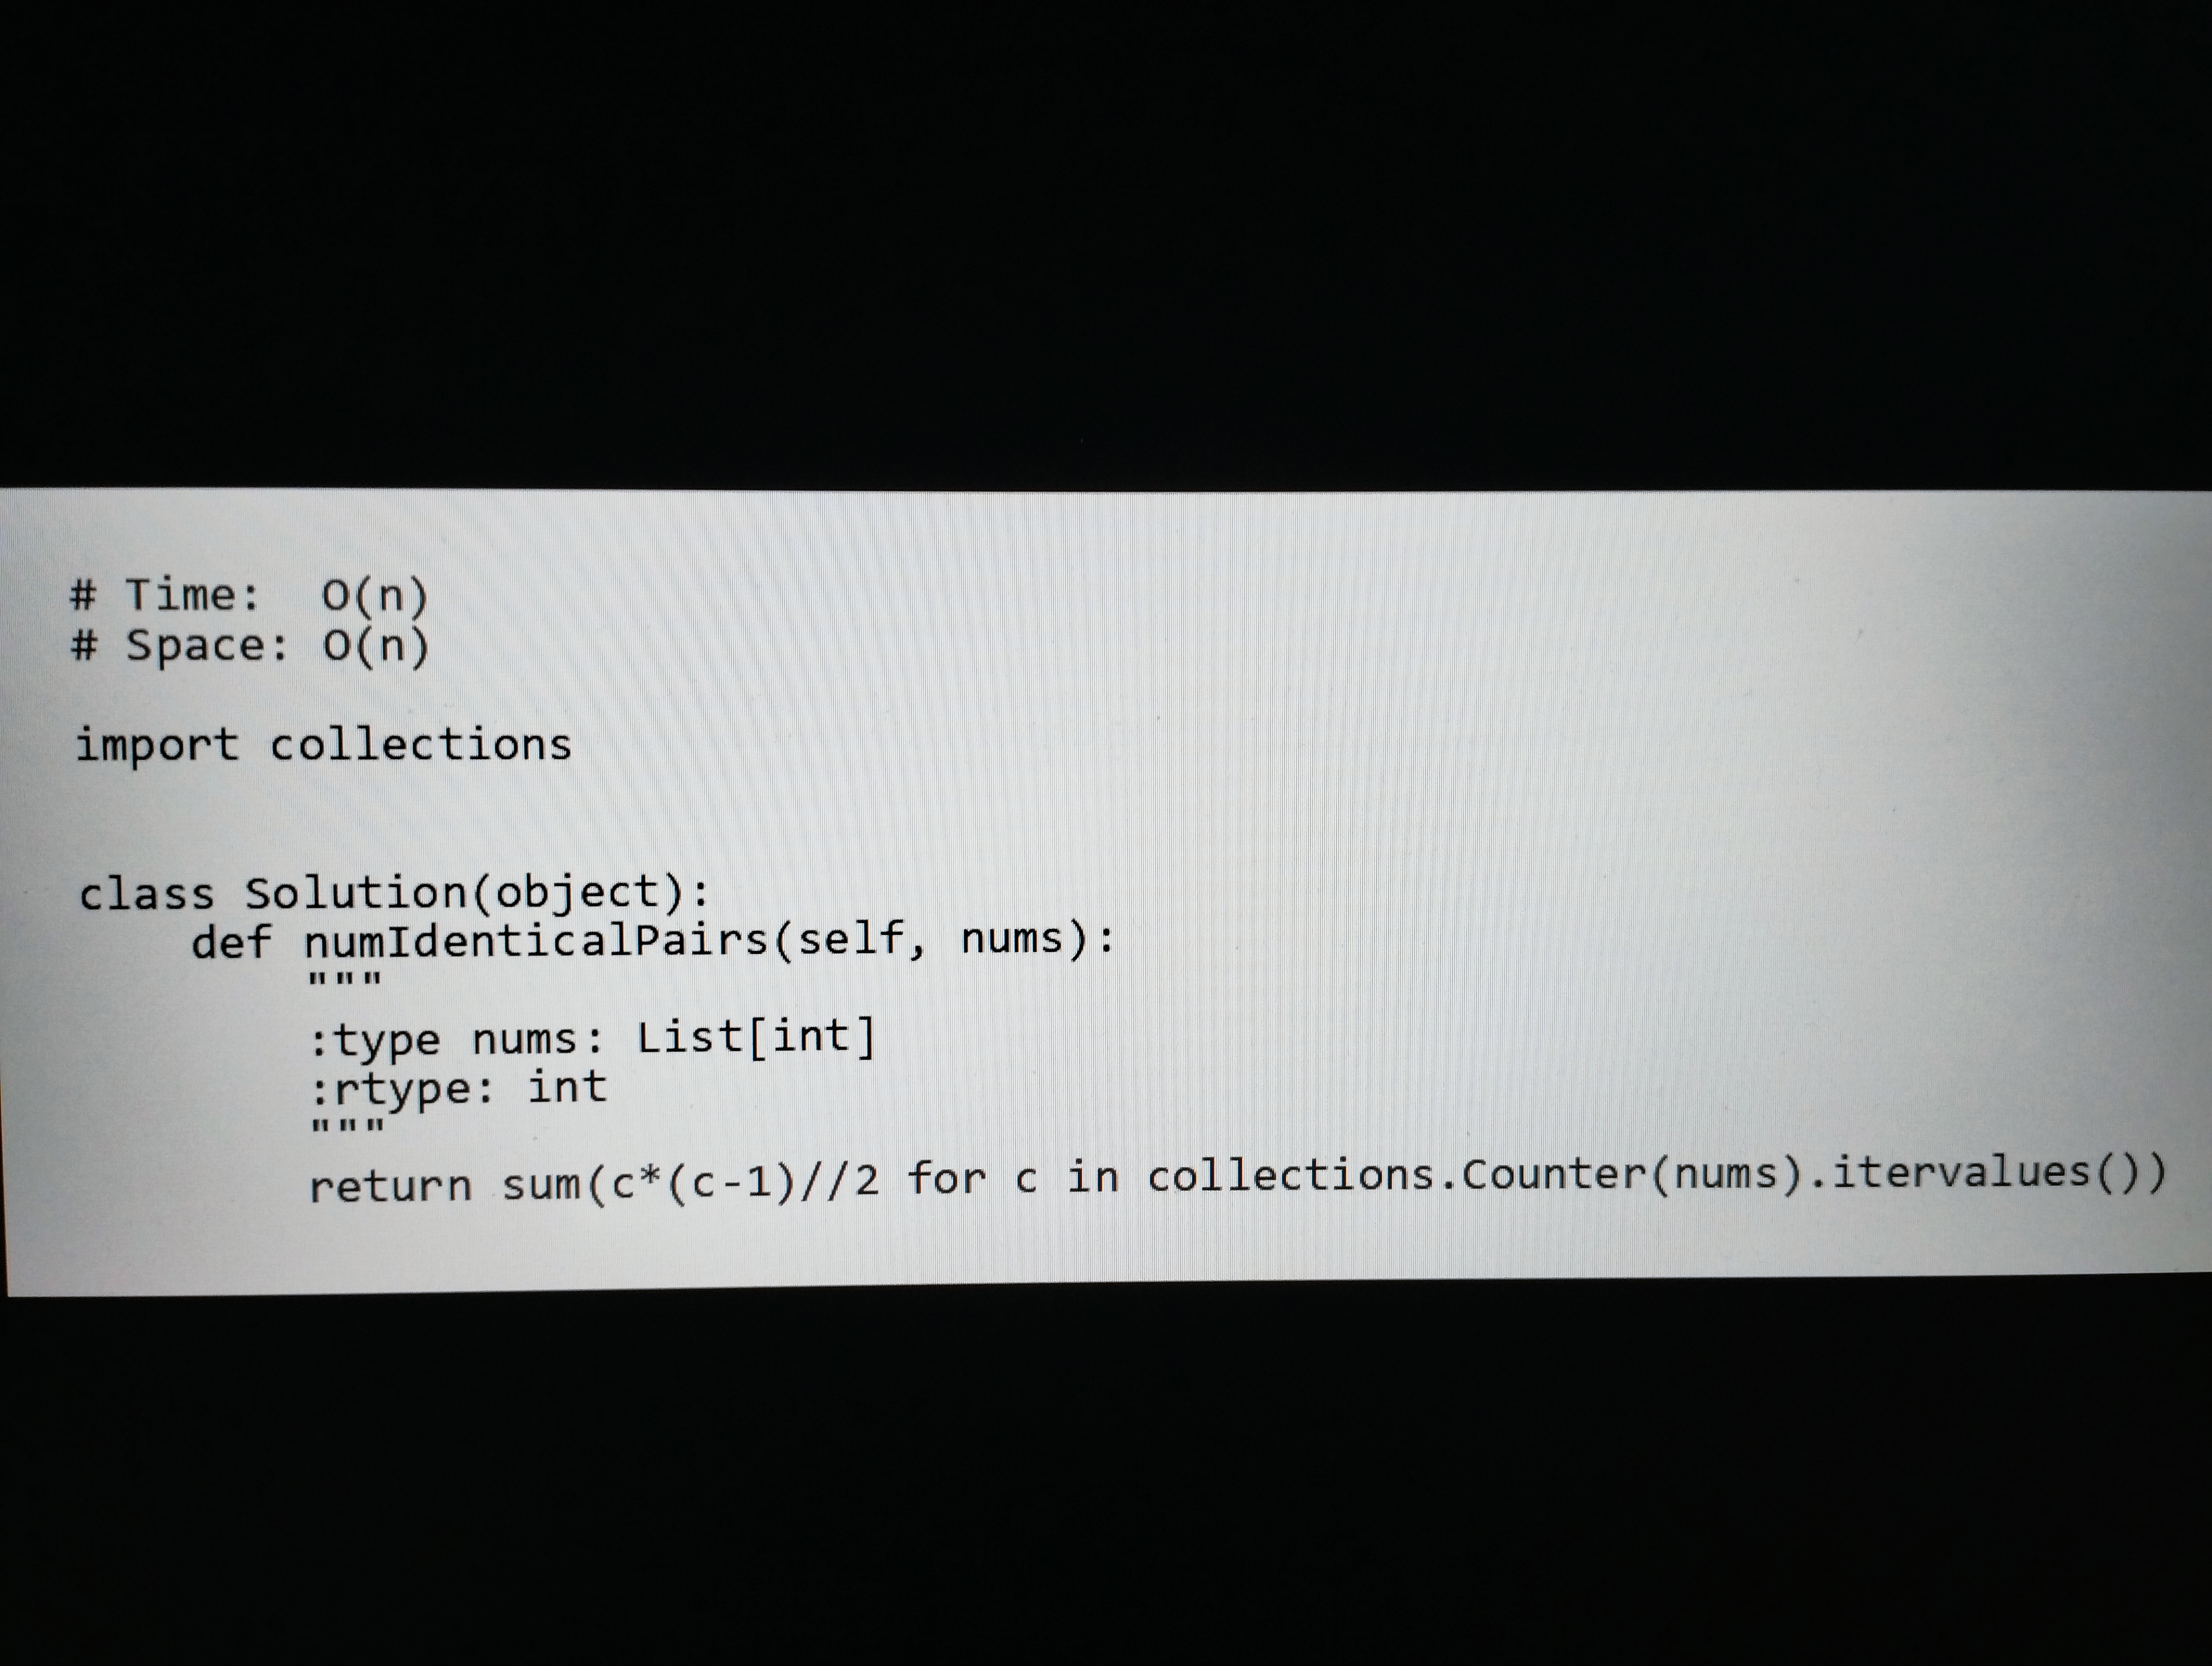
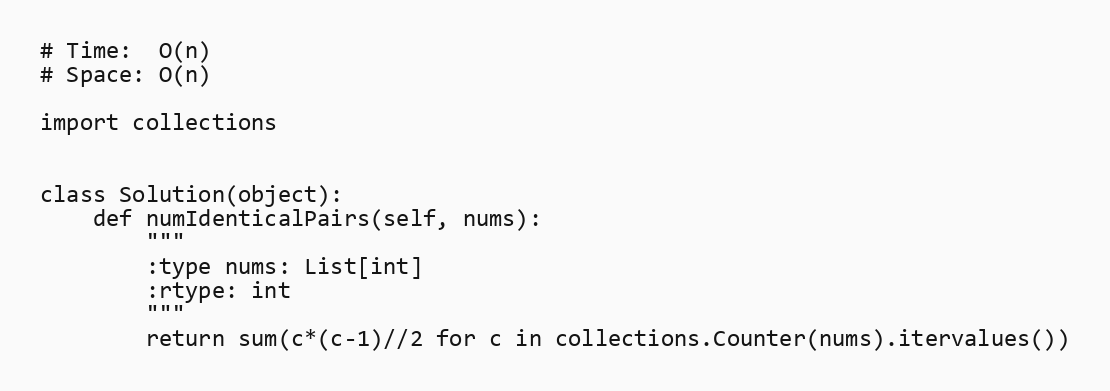
# Time:  O(n)
# Space: O(n)

import collections

class Solution(object):
    def numIdenticalPairs(self, nums):
        """
        :type nums: List[int]
        :rtype: int
        """
        return sum(c*(c-1)//2 for c in collections.Counter(nums).itervalues())